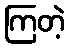
ကြတဲ့